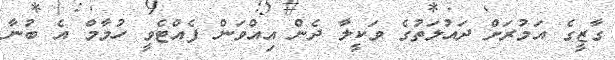
ގާޒީގެ އަމުރަށް ދައުލަތުގެ ވަކީލާ ދެން އިއްވަން ފެއްޓެވީ ހުމާމް އެ ބުނާ